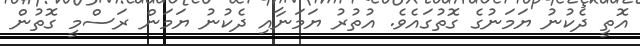
އޮތީ ދެކުނު ޔަމަނުގެ ގޮތުގައެވެ. އުތުރު ޔަމަނާއި ދެކުނު ޔަމަން ރަސްމީ ގޮތުން